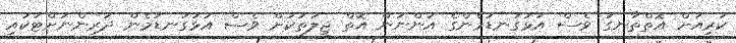
ކުރިއަށް އޮތްތާނގަ ވެސް އަޅުގަނޑުމެންގެ އަންނަން އޮތް ޖީލުތަކަށް ވެސް އަޅުގަނޑުމެން ދަރިންނަށްޓަކައި